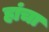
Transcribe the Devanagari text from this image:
हांचा